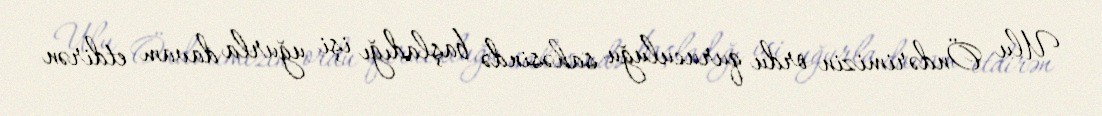
Ulu Öndərimizin ordu quruculuğu sahəsində başladığı işi uğurla davam etdirən